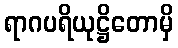
ရာဂပရိယုဋ္ဌိတောမှိ